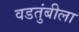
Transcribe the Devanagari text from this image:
वडतुंबीला